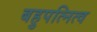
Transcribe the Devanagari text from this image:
बहुपत्नित्व